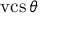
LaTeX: \operatorname { v c s } \theta